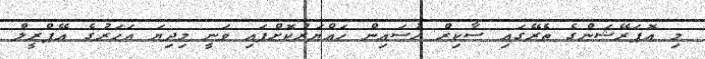
މި އޮޕަރޭޝަންގެ ތެރޭގައި ސާކިރް ހުސައިން ހައްޔަރުކޮށްފައި ވަނީ މިދިޔަ އަހަރުގެ އޭޕްރީލް